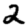
Digit: 2